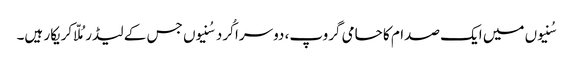
سُنیوں میں ایک صدام کا حامی گروپ، دوسرا کُرد سُنیوں جس کے لیڈرمُلّا کریکار ہیں۔